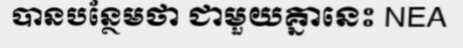
បានបន្ថែមថា ជាមួយគ្នានេះ NEA